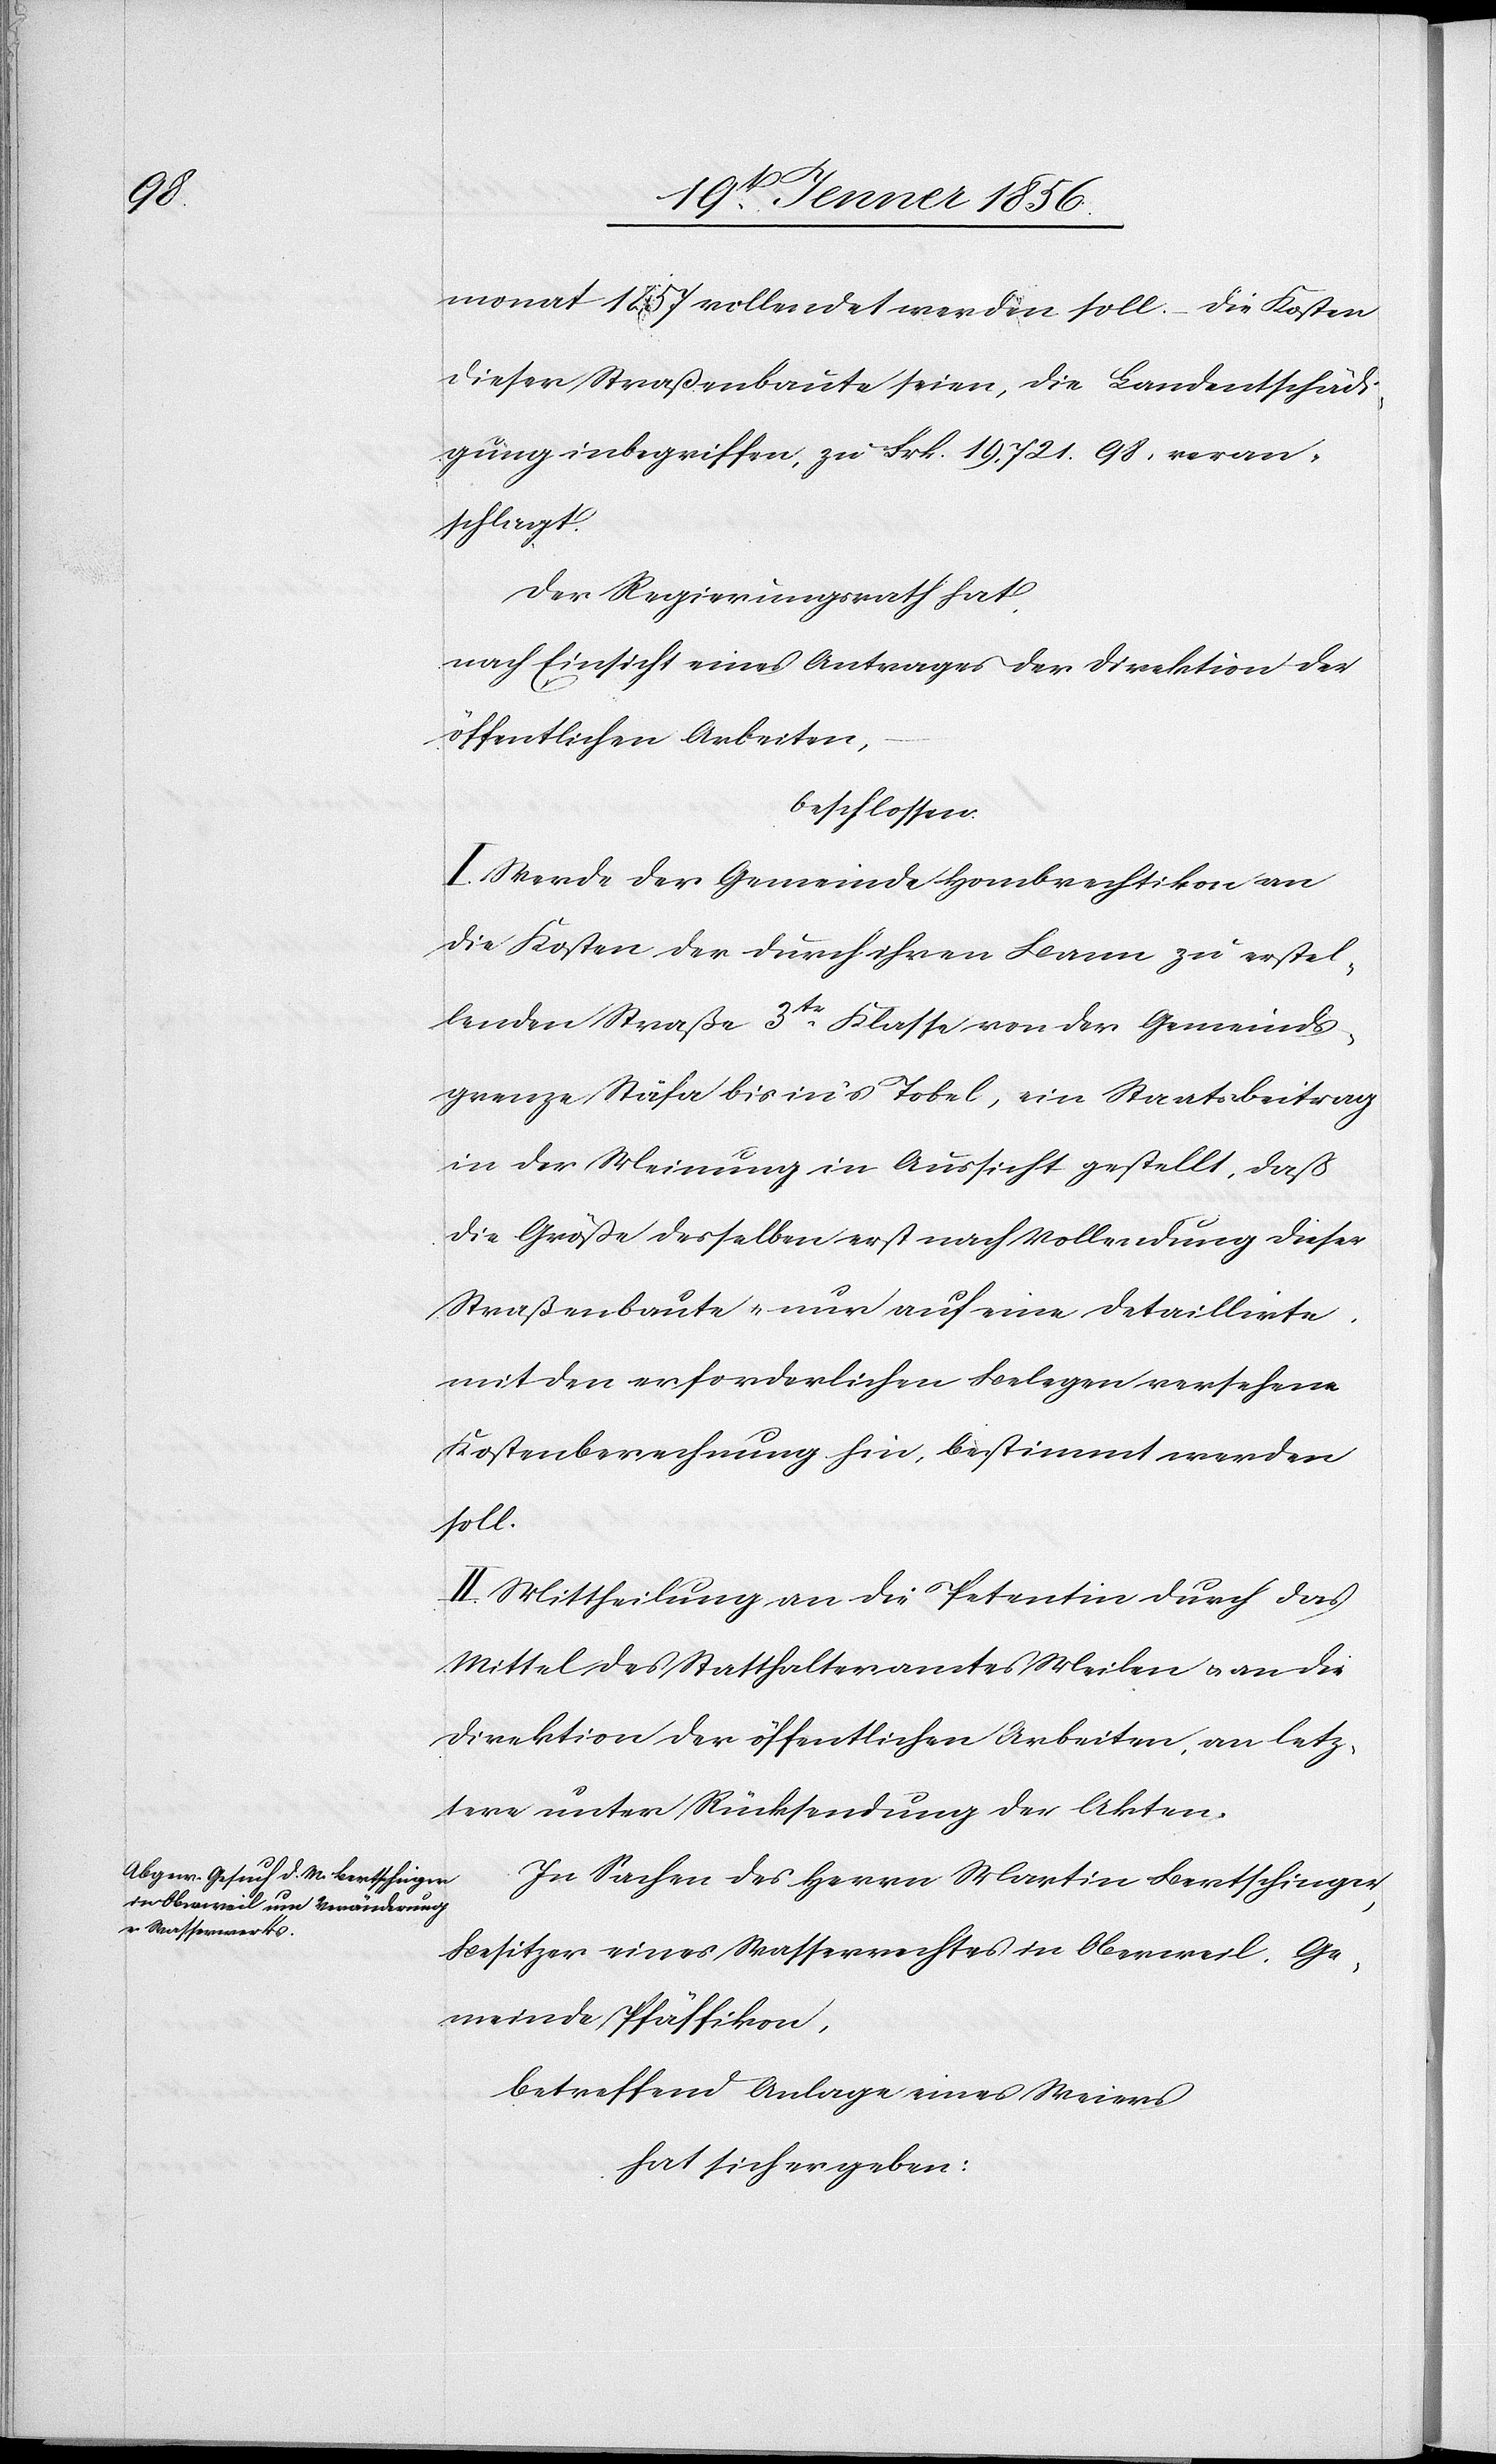
monat 1857 vollendet werden soll. Die Kosten
dieser Straßenbaute seien, die Landentschädi¬
gung inbegriffen, zu Frk. 19,721. 98. veran¬
schlagt.
Der Regierungsrath hat,
nach Einsicht eines Antrages der Direktion der
öffentlichen Arbeiten,
beschlossen:
I. Werde der Gemeinde Hombrechtikon an
die Kosten der durch ihren Bann zu erstel¬
lenden Straße 3tr Klasse von der Gemeinds¬
grenze Stäfa bis in’s Tobel, ein Staatsbeitrag
in der Meinung in Aussicht gestellt, daß
die Größe desselben erst nach Vollendung dieser
Straßenbaute u. nur auf eine detaillirte,
mit den erforderlichen Belegen versehene
Kostenberechnung hin, bestimmt werden
soll.
III. Mittheilung an die Petentin durch das
Mittel des Statthalteramtes Meilen u. an die
Direktion der öffentlichen Arbeiten, an letz¬
tere unter Rücksendung der Akten.
In Sachen des Herrn Martin Bertschinger,
Besitzer eines Wasserrechtes in Oberweil, Ge¬
meinde Pfäffikon,
betreffend Anlage eines Meiers
hat sich ergeben: